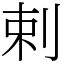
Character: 剌